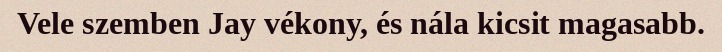
Vele szemben Jay vékony, és nála kicsit magasabb.